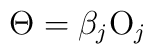
\Theta =\beta _{j}{\rm O}_{j}